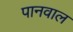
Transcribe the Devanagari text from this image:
पानवाल